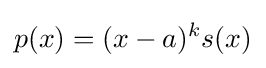
p(x)=(x-a)^{k}s(x)